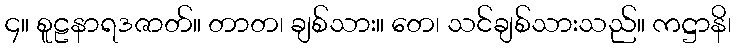
၄။ စူဠနာရဒဇာတ်။ တာတ၊ ချစ်သား။ တေ၊ သင်ချစ်သားသည်။ ကဋ္ဌာနိ၊